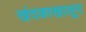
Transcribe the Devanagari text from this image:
खंदकाखालून